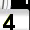
Digit: 3